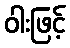
ဝါးဖြင့်